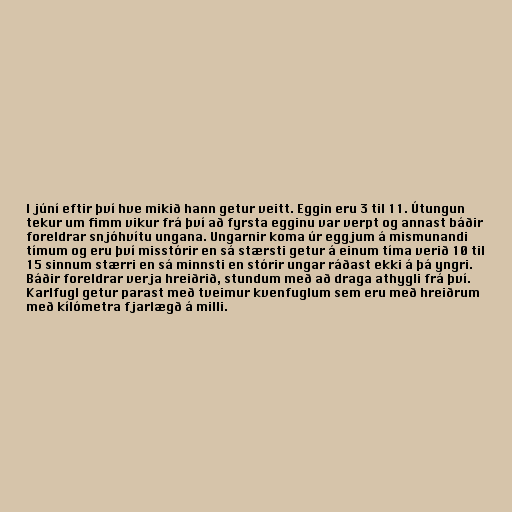
l júní eftir því hve mikið hann getur veitt. Eggin eru 3 til 11. Útungun
tekur um fimm vikur frá því að fyrsta egginu var verpt og annast báðir
foreldrar snjóhvítu ungana. Ungarnir koma úr eggjum á mismunandi
tímum og eru því misstórir en sá stærsti getur á einum tíma verið 10 til
15 sinnum stærri en sá minnsti en stórir ungar ráðast ekki á þá yngri.
Báðir foreldrar verja hreiðrið, stundum með að draga athygli frá því.
Karlfugl getur parast með tveimur kvenfuglum sem eru með hreiðrum
með kílómetra fjarlægð á milli.